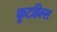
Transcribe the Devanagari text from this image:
फूटहिल्स